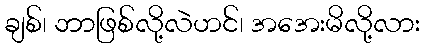
ချစ်၊ ဘာဖြစ်လို့လဲဟင်၊ အအေးမိလို့လား